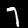
Digit: 7